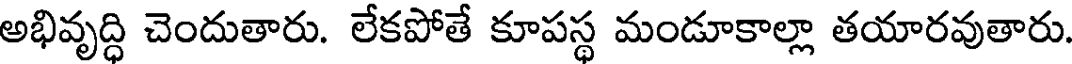
అభివృద్ధి చెందుతారు. లేకపోతే కూపస్థ మండూకాల్లా తయారవుతారు